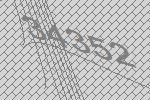
34352